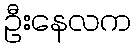
ဦးနေလက